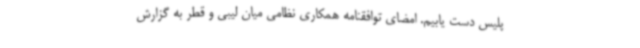
پلیس دست یابیم. امضای توافقنامه همکاری نظامی میان لیبی و قطر به گزارش